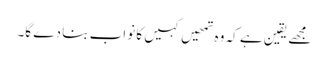
مجھے یقین ہے کہ وہ تمھیں کہیں کا نواب بنا دے گا۔